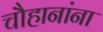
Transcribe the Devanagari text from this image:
चौहानांना